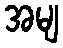
အမျ